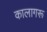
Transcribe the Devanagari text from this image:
कालागरू